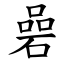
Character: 碞